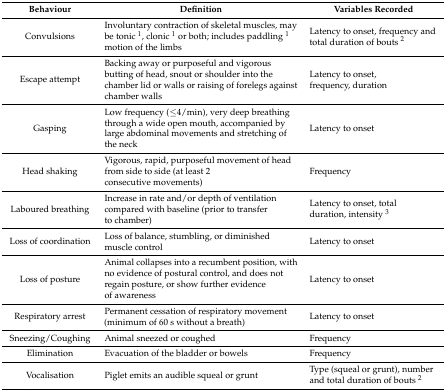
<table><thead><tr><td><b>Behaviour</b></td><td><b>Definition</b></td><td><b>Variables Recorded</b></td></tr></thead><tbody><tr><td> Convulsions</td><td> Involuntary contraction of skeletal muscles, may be tonic <sup>1</sup>, clonic <sup>1</sup> or both; includes paddling <sup>1</sup> motion of the limbs</td><td> Latency to onset, frequency and total duration of bouts <sup>2</sup></td></tr><tr><td> Escape attempt</td><td> Backing away or purposeful and vigorous butting of head, snout or shoulder into the chamber lid or walls or raising of forelegs against chamber walls</td><td> Latency to onset, frequency, duration</td></tr><tr><td> Gasping</td><td> Low frequency (≤4/min), very deep breathing through a wide open mouth, accompanied by large abdominal movements and stretching of the neck</td><td> Latency to onset</td></tr><tr><td> Head shaking</td><td> Vigorous, rapid, purposeful movement of head from side to side (at least 2 consecutive movements)</td><td> Frequency</td></tr><tr><td> Laboured breathing</td><td> Increase in rate and/or depth of ventilation compared with baseline (prior to transfer to chamber)</td><td> Latency to onset, total duration, intensity <sup>3</sup></td></tr><tr><td> Loss of coordination</td><td> Loss of balance, stumbling, or diminished muscle control</td><td> Latency to onset</td></tr><tr><td> Loss of posture</td><td> Animal collapses into a recumbent position, with no evidence of postural control, and does not regain posture, or show further evidence of awareness</td><td> Latency to onset</td></tr><tr><td> Respiratory arrest</td><td> Permanent cessation of respiratory movement (minimum of 60 s without a breath)</td><td> Latency to onset</td></tr><tr><td> Sneezing/Coughing</td><td> Animal sneezed or coughed</td><td> Frequency</td></tr><tr><td> Elimination</td><td> Evacuation of the bladder or bowels</td><td> Frequency</td></tr><tr><td>Vocalisation</td><td>Piglet emits an audible squeal or grunt</td><td>Type (squeal or grunt), number and total duration of bouts <sup>2</sup></td></tr></tbody></table>